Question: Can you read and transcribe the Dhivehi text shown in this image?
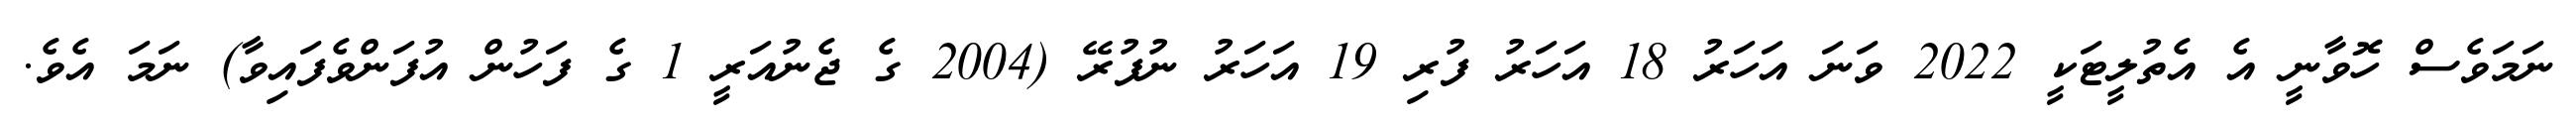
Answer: ނަމަވެސް ހޮވާނީ އެ އެތުލީޓަކީ 2022 ވަނަ އަހަރު 18 އަހަރު ފުރި 19 އަހަރު ނުފުރޭ (2004 ގެ ޖެނުއަރީ 1 ގެ ފަހުން އުފަންވެފައިވާ) ނަމަ އެވެ.